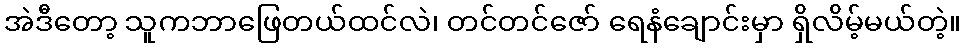
အဲဒီတော့ သူကဘာဖြေတယ်ထင်လဲ၊ တင်တင်ဇော် ရေနံချောင်းမှာ ရှိလိမ့်မယ်တဲ့။